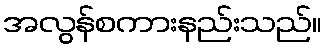
အလွန်စကားနည်းသည်။